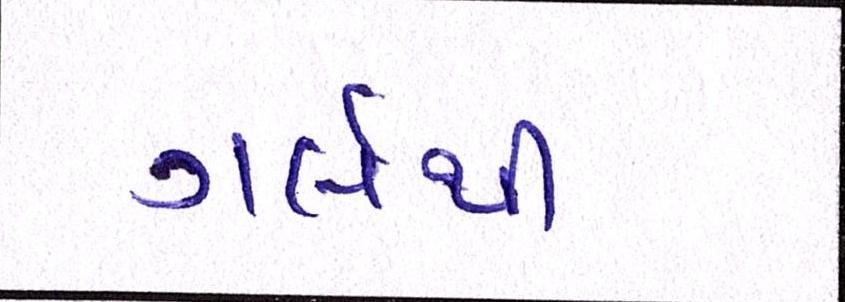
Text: ગર્લથી